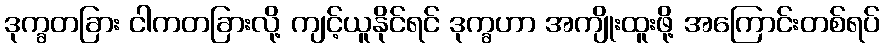
ဒုက္ခတခြား ငါကတခြားလို့ ကျင့်ယူနိုင်ရင် ဒုက္ခဟာ အကျိုးထူးဖို့ အကြောင်းတစ်ရပ်